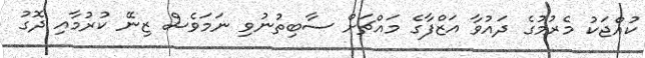
ކުއްޖަކު މެރުމުގެ ދައުވާ އަޒްފާގެ މައްޗަށް ސާބިތުނުވި ނަމަވެސް ޒިނޭ ކުރުމާއި ދޮގު